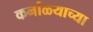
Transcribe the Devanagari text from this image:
कर्नाळ्याच्या